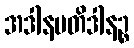
အဒါနမတိဒါနဉ္စ